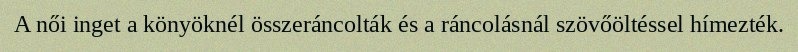
A női inget a könyöknél összeráncolták és a ráncolásnál szövőöltéssel hímezték.